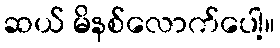
ဆယ် မိနစ်လောက်ပေါ့။